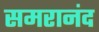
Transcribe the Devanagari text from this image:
समरानंद